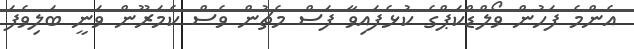
އެންމެ ފަހުން ވޯލްޑްކަޕްގެ ކުޅެފައިވާ ފަސް މެޗުން ވެސް ކެމަރޫން ވަނީ ބަލިވެފަ